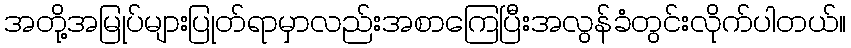
အတို့အမြုပ်များပြုတ်ရာမှာလည်းအစာကြေပြီးအလွန်ခံတွင်းလိုက်ပါတယ်။